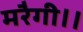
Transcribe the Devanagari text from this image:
मरैगी।।